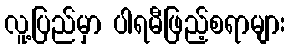
လူ့ပြည်မှာ ပါရမီဖြည့်စရာများ